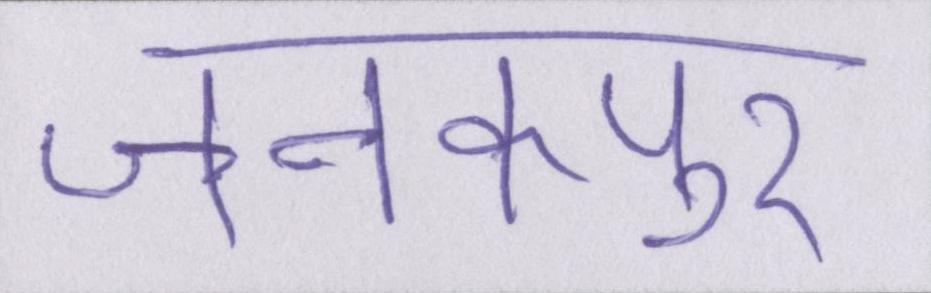
जनकपुर